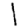
Digit: 1